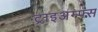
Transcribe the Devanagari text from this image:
ट्राइअम्फ्स